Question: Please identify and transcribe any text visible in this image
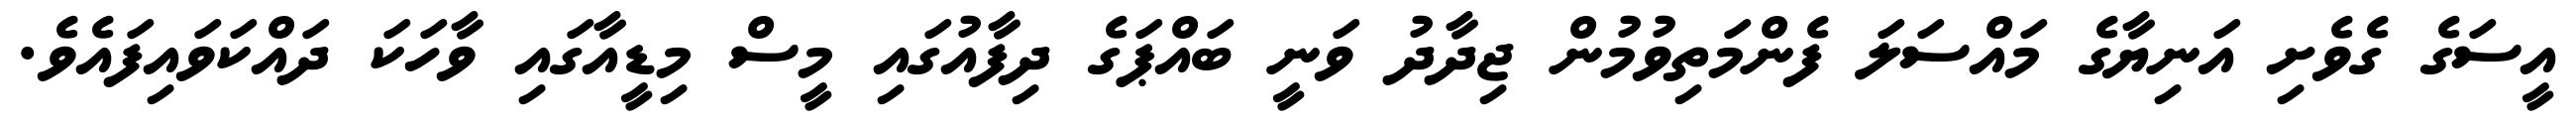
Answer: އީސަގެ ގެވެށި އަނިޔާގެ މައްސަލަ ފެންމަތިވުމުން ޖިދާދު ވަނީ ބައްޕަގެ ދިފާއުގައި މީސް މިޑީއާގައި ވާހަކަ ދައްކަވައިފައެވެ.